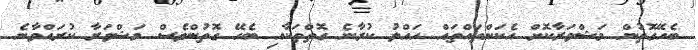
ބެހޭގޮތުން މަޝްވަރާކޮށް އެކަންތައްތައް ހައްލު ކުރާނެ ގޮތްތަކާއި ބެހޭ ގޮތުންވެސް މަޝްވަރާ ކުރައްވާނެ